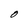
Character: O